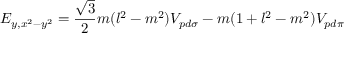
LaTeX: E _ { y , x ^ { 2 } - y ^ { 2 } } = { \frac { \sqrt { 3 } } { 2 } } m ( l ^ { 2 } - m ^ { 2 } ) V _ { p d \sigma } - m ( 1 + l ^ { 2 } - m ^ { 2 } ) V _ { p d \pi }